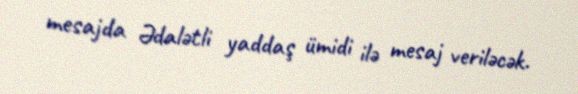
mesajda Ədalətli yaddaş ümidi ilə mesaj veriləcək.